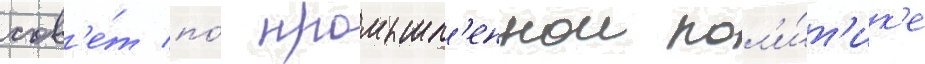
сов'е́т по́ промышл'еннои пол'и́т'ик'е